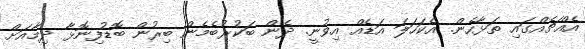
އެއްޗެއްގައި ތަޅާހެން. އެކަހަލަ އަޑެއް އިވުނީ. ދެން ބަކުރުބެމެން ބިރުން ބޮޑުފިނޮޅާ ދިމާއަށް